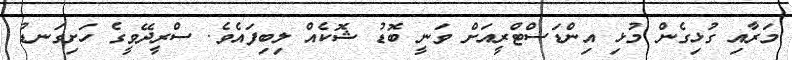
މަރާއި ގުޅިގެން މުޅި އިންޑަސްޓްރީއަށް ވަނީ ބޮޑު ޝޮކެއް ލިބިފައެވެ. ސްރީދޭވީގެ ހަށިގަނޑު